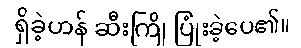
ရှိခဲ့ဟန် ဆီးကြို ပြုံးခဲ့ပေ၏။